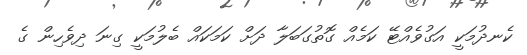
ކެނދުމަކީ އަގުވެއްޓޭ ކަމެއް ގޮތުގަބަލާ ދަށް ކަމަކައް ބެލުމަކީ ގިނަ ދިވެހިން ގެ